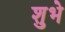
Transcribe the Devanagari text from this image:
शुभे